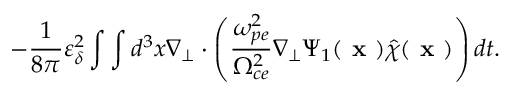
- \frac { 1 } { 8 \pi } \varepsilon _ { \delta } ^ { 2 } \int \int d ^ { 3 } x \nabla _ { \perp } \boldsymbol { \cdot } \left( \frac { \omega _ { p e } ^ { 2 } } { \Omega _ { c e } ^ { 2 } } \nabla _ { \perp } \Psi _ { 1 } ( \textbf { x } ) \hat { \chi } ( \textbf { x } ) \right) d t .